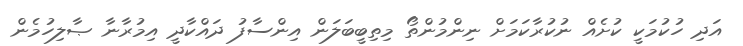
އަދި ހުކުމަކީ ކުށެއް ނުކުރާކަމަށް ނިންމުންތޯ މިތިބީބަލަން އިންސާފު ދައްކާދީ އިމުރާނާ ޞާލިހުމެން